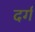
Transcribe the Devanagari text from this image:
दर्ग